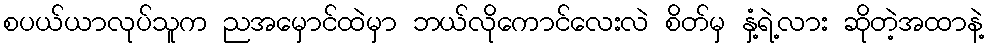
စပယ်ယာလုပ်သူက ညအမှောင်ထဲမှာ ဘယ်လိုကောင်လေးလဲ စိတ်မှ နှံ့ရဲ့လား ဆိုတဲ့အထာနဲ့